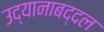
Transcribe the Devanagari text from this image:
उद्यानाबद्दल